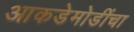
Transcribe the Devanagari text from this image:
आकडेमोडींचा